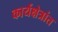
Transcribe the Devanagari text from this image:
कार्यक्षेत्रांत